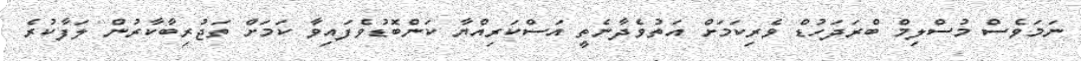
ނަމަވެސް މުސްލިމް ބްރަދަހުޑް ވެރިކަމަށް އަތުވެދާނެތީ އަސްކަރިއްޔާ ކަންބޮޑުވެފައިވާ ކަމަށް ތަޖުރިބާކާރުން ލަފާކުރެ